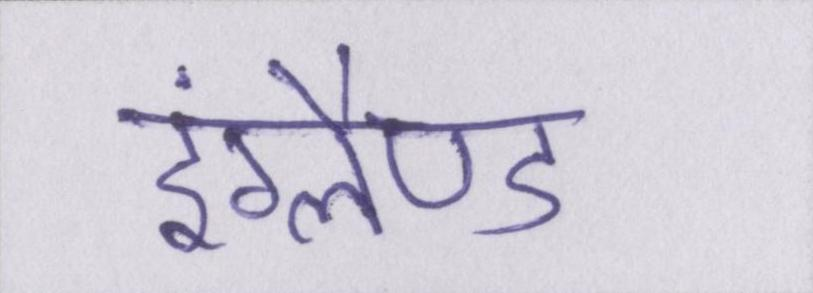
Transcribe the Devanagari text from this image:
इंग्लैण्ड